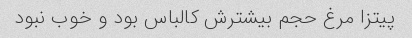
پیتزا مرغ حجم بیشترش کالباس بود و خوب نبود